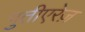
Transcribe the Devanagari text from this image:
गुतीएरेज़